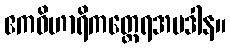
ဧကဝိဟာရိကတ္ထေရအပဒါန။